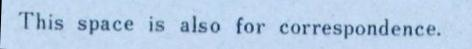
This space is also for correspondence.